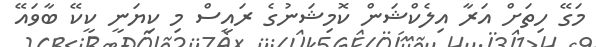
މަގޭ ހިތަށް އަރާ އިލެކްޝަން ކޮމިޝަނުގެ ރައީސް މި ކިޔަނީ ކީކޭ ބާވައޭ